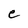
Character: e